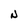
Character: N